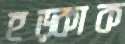
হড়্‌কাক